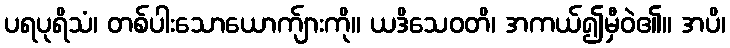
ပရပုရိသံ၊ တစ်ပါးသောယောက်ျားကို။ ယဒိသေဝတိ၊ အကယ်၍မှီဝဲ၏။ အပိ၊